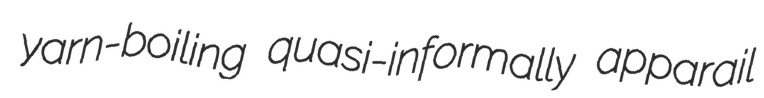
yarn-boiling quasi-informally apparail